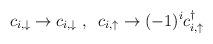
LaTeX: \begin{align*}c_{i,\downarrow} \rightarrow c_{i,\downarrow}\;, \; \; c_{i,\uparrow}\rightarrow (-1)^{i}c_{i,\uparrow}^{\dagger}\end{align*}